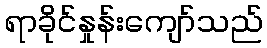
ရာခိုင်နှုန်းကျော်သည်